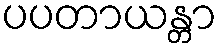
ပပတာယန္တာ